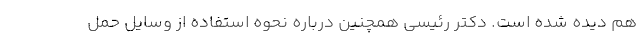
هم دیده شده است. دکتر رئیسی همچنین درباره نحوه استفاده از وسایل حمل